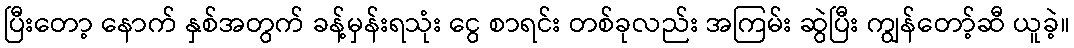
ပြီးတော့ နောက် နှစ်အတွက် ခန့်မှန်းရသုံး ငွေ စာရင်း တစ်ခုလည်း အကြမ်း ဆွဲပြီး ကျွန်တော့်ဆီ ယူခဲ့။